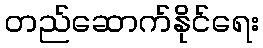
တည်ဆောက်နိုင်ရေး